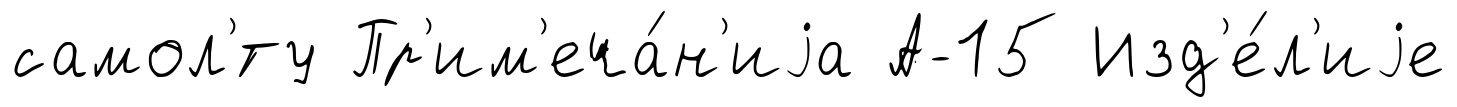
самол'́ту Пр'им'еча́н'иjа А-15 Изд'е́л'иjе